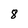
Character: 8